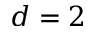
d = 2